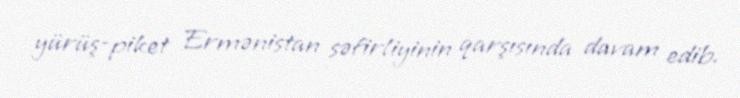
yürüş-piket Ermənistan səfirliyinin qarşısında davam edib.